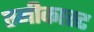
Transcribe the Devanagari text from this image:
एनीकास्ट